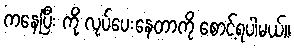
ကနေပြီး ကို လုပ်ပေးနေတာကို စောင့်ရပါမယ်။